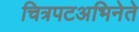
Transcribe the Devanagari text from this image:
चित्रपटअभिनेते